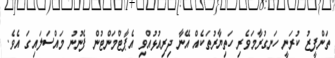
ތަންފީޒު ކުރަނީ ހަނގުރާމަވެރި ހަތިޔާރުތަކެއް އޭނާ ދިރިއުޅުއްވި އެޕާޓްމަންޓުން ފެނުނު މައްސަލައިގަ އެވެ.